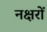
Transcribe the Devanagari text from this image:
नक्षरों